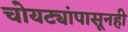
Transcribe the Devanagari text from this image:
चोयट्यांपासूनही